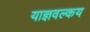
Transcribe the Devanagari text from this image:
याज्ञवल्‍कय